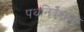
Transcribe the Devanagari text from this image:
पथनिर्देशक